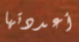
أعددتها